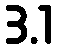
3.1